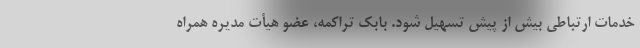
خدمات ارتباطی بیش از پیش تسهیل شود. بابک تراکمه، عضو هیأت مدیره همراه